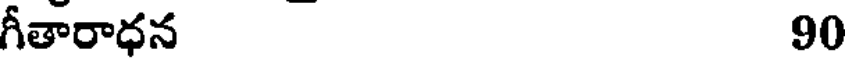
గీతారాధన 90